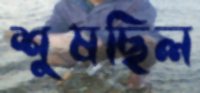
শুষছিল